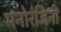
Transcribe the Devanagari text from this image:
मनोरंजिनी